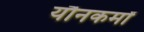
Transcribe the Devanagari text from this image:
यौनकर्मों